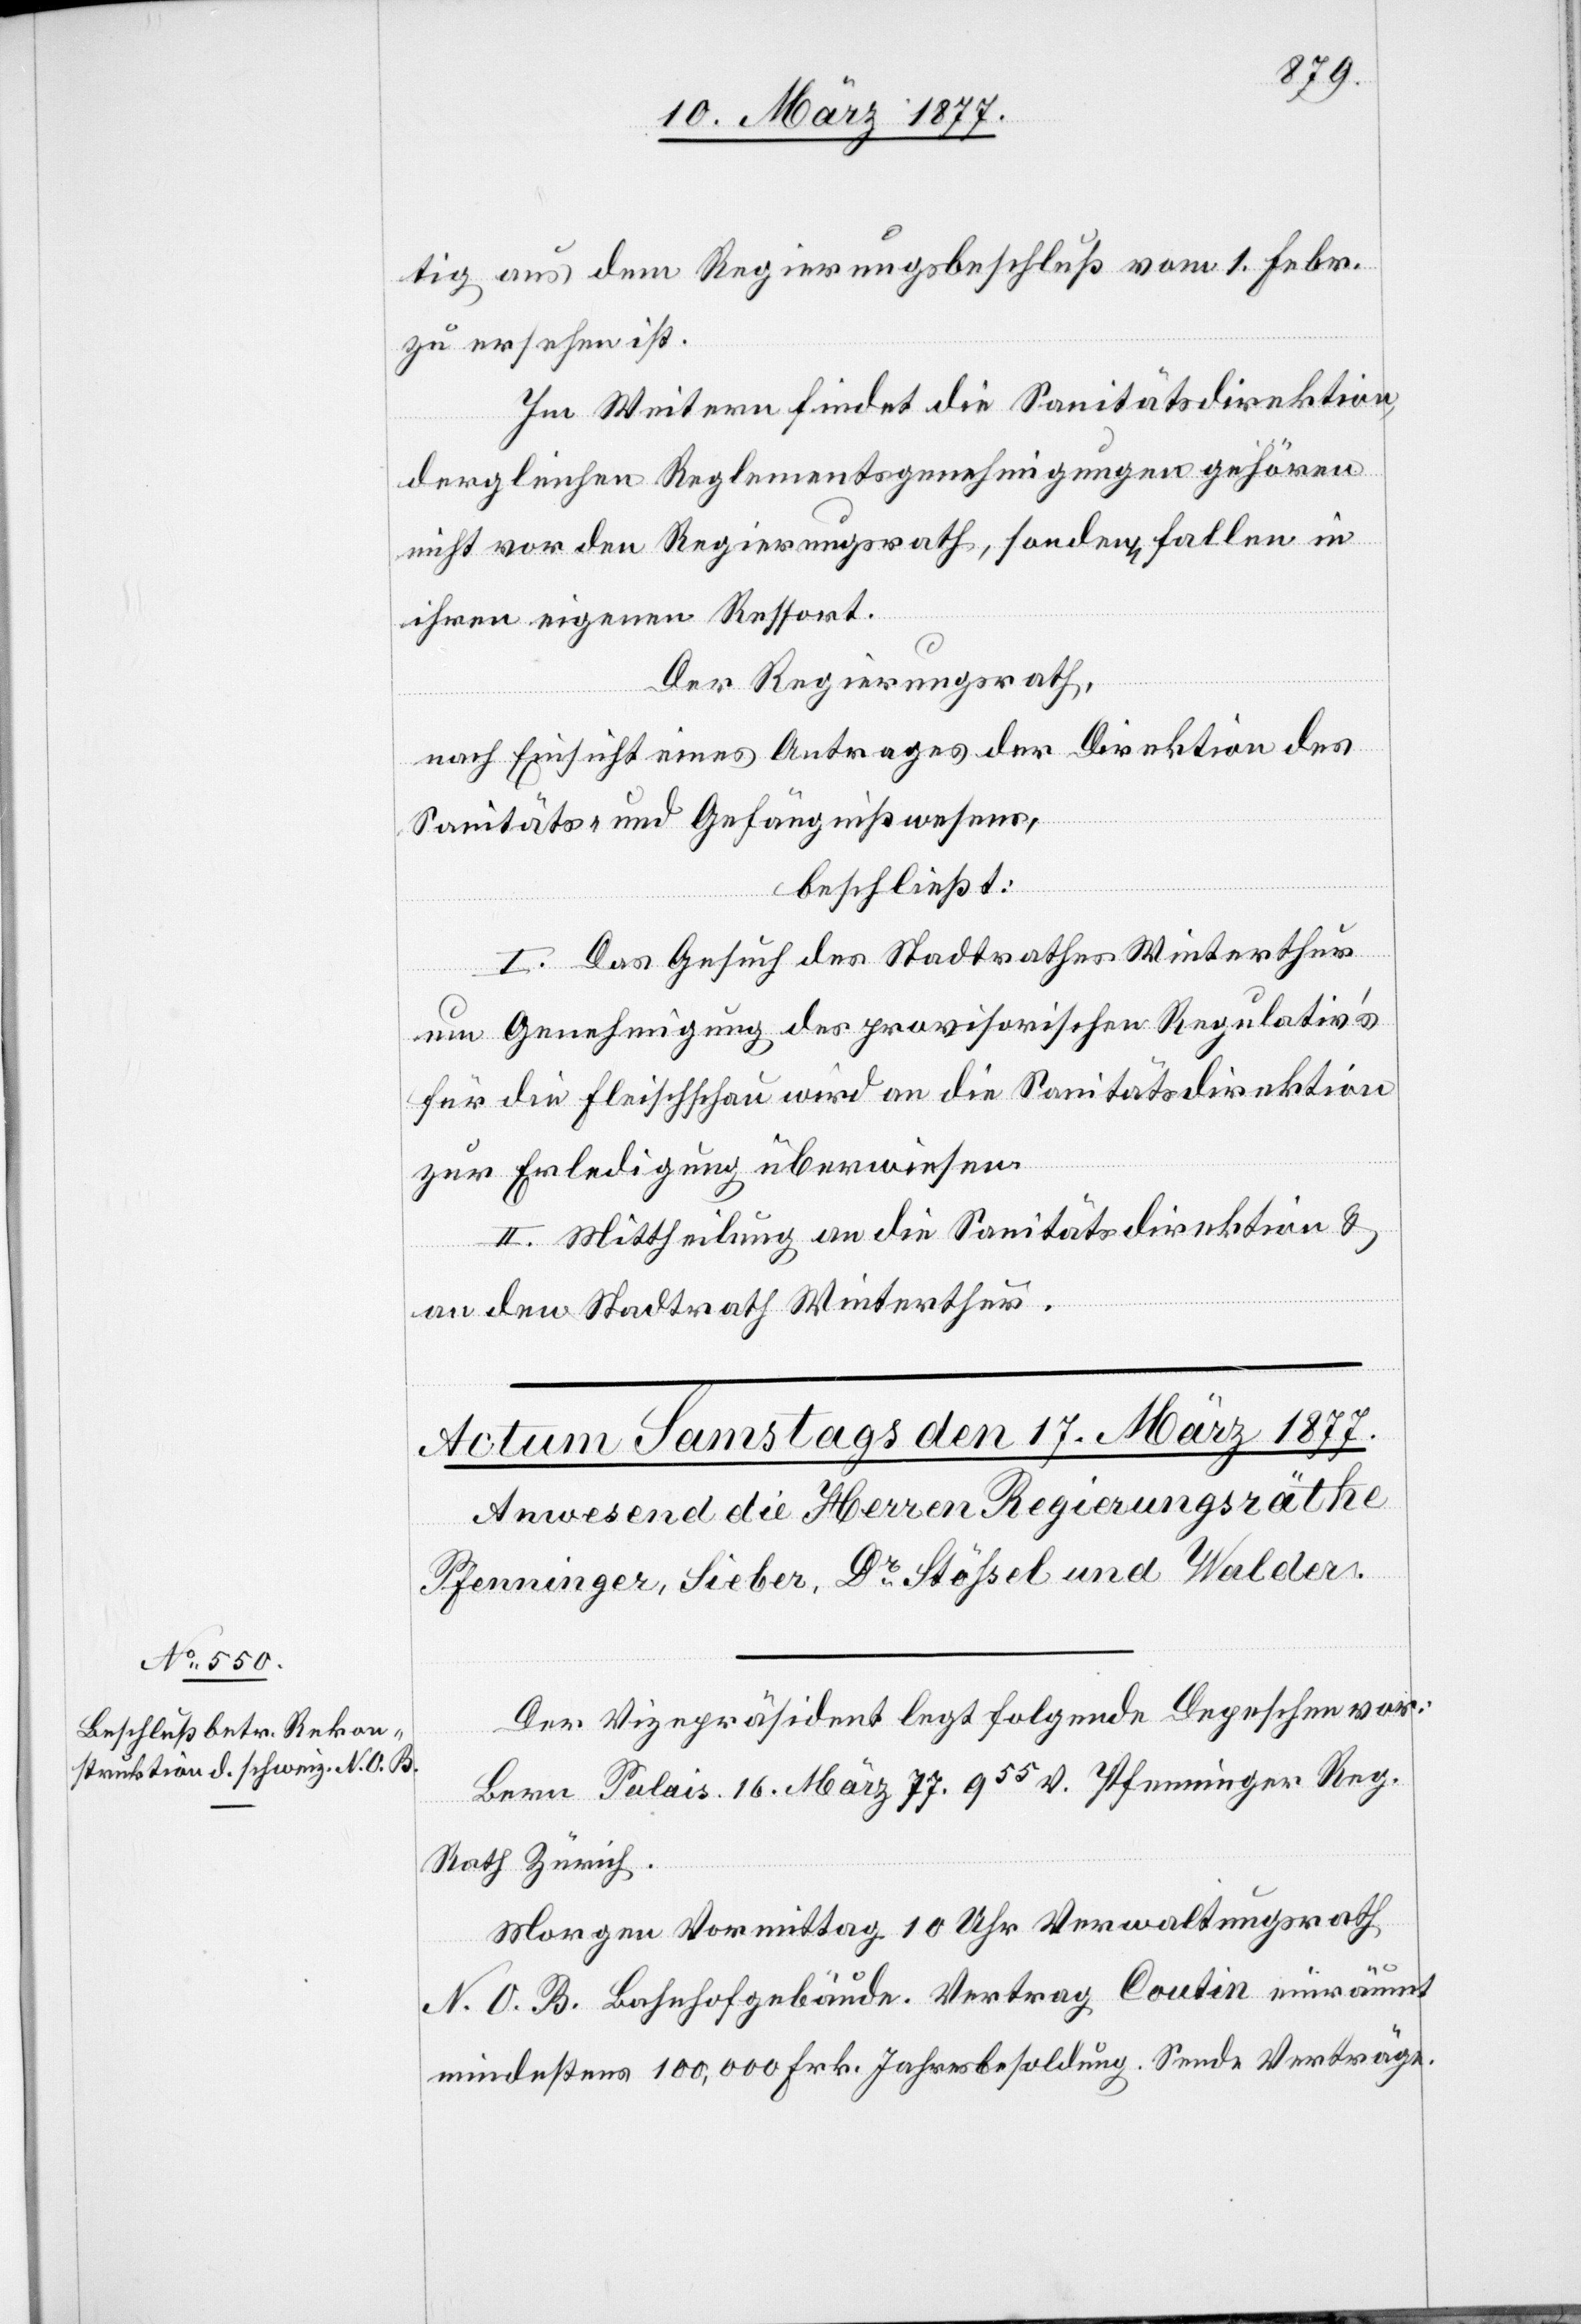
tig aus dem Regierungsbeschluß vom 1. Febr.
zu ersehen ist.
Im Weitern findet die Sanitätsdirektion,
dergleichen Reglementsgenehmigungen gehören
nicht vor den Regierungsrath, sondern fallen in
ihren eigenen Ressort.
Der Regierungsrath,
nach Einsicht eines Antrages der Direktion des
Sanitäts- und Gefängnißwesens,
beschließt:
I. Das Gesuch des Stadtrathes Winterthur
um Genehmigung des provisorischen Regluativ’s
für die Fleischschau wird an die Sanitätsdirektion
zur Erledigung überwiesen.
II. Mittheilung an die Sanitätsdirektion &
an den Stadtrath Winterthur.
Der Vizepräsident legt folgende Depeschen vor:
Bern Palais. 16. März 77. 955 V. Pfenninger Reg.
Rath Zürich.
Morgen Vormittag 10 Uhr Verwaltungsrath
N. O. B. Bahnhofgebäude. Vertrag Coutin einräumt
mindestens 100,000 Frk. Jahresbesoldung. Sende Verträge.